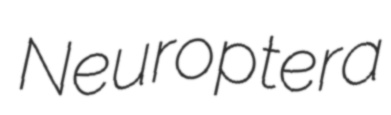
Neuroptera